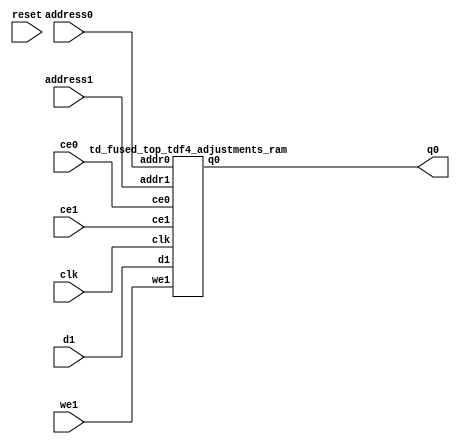
`define EXPONENT 5
`define MANTISSA 10
`define ACTUAL_MANTISSA 11
`define EXPONENT_LSB 10
`define EXPONENT_MSB 14
`define MANTISSA_LSB 0
`define MANTISSA_MSB 9
`define MANTISSA_MUL_SPLIT_LSB 3
`define MANTISSA_MUL_SPLIT_MSB 9
`define SIGN 1
`define SIGN_LOC 15
`define DWIDTH (`SIGN+`EXPONENT+`MANTISSA)
`define IEEE_COMPLIANCE 1

module td_fused_top_tdf4_adjustments(
    reset,
    clk,
    address0,
    ce0,
    q0,
    address1,
    ce1,
    we1,
    d1);

parameter DataWidth = 32'd48;
parameter AddressRange = 32'd128;
parameter AddressWidth = 32'd7;
input reset;
input clk;
input[AddressWidth - 1:0] address0;
input ce0;
output[DataWidth - 1:0] q0;
input[AddressWidth - 1:0] address1;
input ce1;
input we1;
input[DataWidth - 1:0] d1;



td_fused_top_tdf4_adjustments_ram td_fused_top_tdf4_adjustments_ram_U(
    .clk( clk ),
    .addr0( address0 ),
    .ce0( ce0 ),
    .q0( q0 ),
    .addr1( address1 ),
    .ce1( ce1 ),
    .we1( we1 ),
    .d1( d1 )
);

endmodule
module td_fused_top_tdf4_adjustments_ram (addr0, ce0, q0, addr1, ce1, d1, we1,  clk);

parameter DWIDTH = 48;
parameter AWIDTH = 7;
parameter MEM_SIZE = 128;

input[AWIDTH-1:0] addr0;
input ce0;
output reg[DWIDTH-1:0] q0;
input[AWIDTH-1:0] addr1;
input ce1;
input[DWIDTH-1:0] d1;
input we1;
input clk;

 reg [DWIDTH-1:0] ram[MEM_SIZE-1:0];




always @(posedge clk)  
begin 
    if (ce0) begin
        q0 <= ram[addr0];
    end
end


always @(posedge clk)  
begin 
    if (ce1) begin
        if (we1) 
            ram[addr1] <= d1; 
    end
end


endmodule